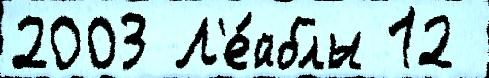
2003 Л'е́йблы 12